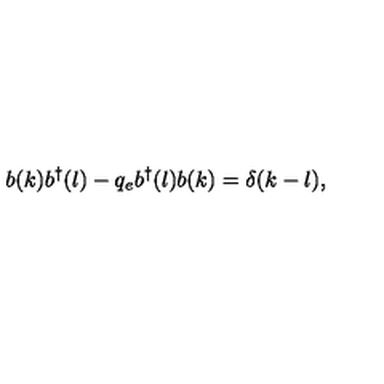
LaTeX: b ( k ) b ^ { \dagger } ( l ) - q _ { e } b ^ { \dagger } ( l ) b ( k ) = \delta ( k - l ) ,